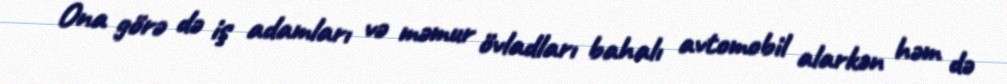
Ona görə də iş adamları və məmur övladları bahalı avtomobil alarkən həm də